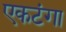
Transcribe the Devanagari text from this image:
एकटंगा